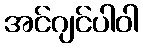
အင်ဂျင်ပါဝါ